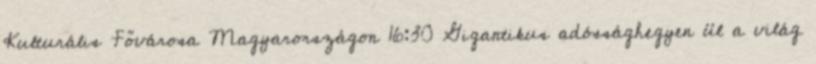
Kulturális Fővárosa Magyarországon 16:30 Gigantikus adóssághegyen ül a világ